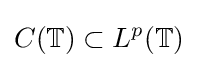
C(\mathbb {T} )\subset L^{p}(\mathbb {T} )